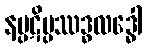
နပ္ပဋိပ္ပဿဒ္ဓလဒ္ဓေါ